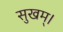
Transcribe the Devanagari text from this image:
सुखम्।